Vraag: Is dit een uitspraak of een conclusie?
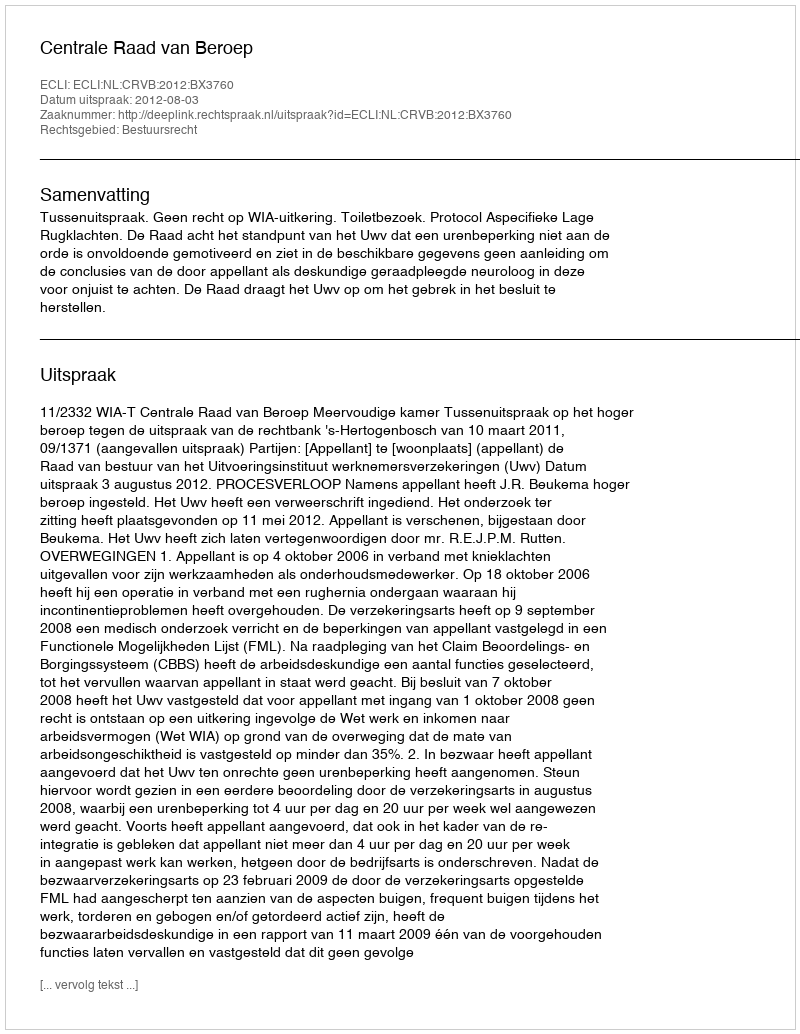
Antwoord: Uitspraak